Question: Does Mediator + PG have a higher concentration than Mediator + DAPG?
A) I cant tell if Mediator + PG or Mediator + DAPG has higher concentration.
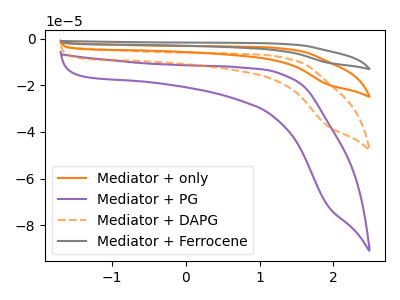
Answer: <think>The orange curve "Mediator + only" has no peaks. The purple curve "Mediator + PG" has no peaks. The orange dashed curve "Mediator + DAPG" has no peaks. The gray curve "Mediator + Ferrocene" has no peaks.
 Neither "Mediator + PG" or "Mediator + DAPG" have any peaks.</think>
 <answer>A) I cant tell if "Mediator + PG" or "Mediator + DAPG" has higher concentration.</answer>
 <eval>A</eval>